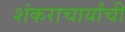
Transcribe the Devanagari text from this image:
शंकराचार्यांची